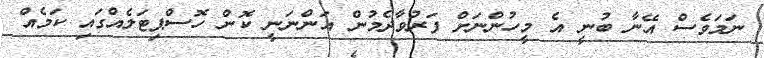
ނަމަވެސް އޭނާ ބުނީ އެ މީހުންނަށް ފަރުވާދެމުން އަންނަނީ ކޮން ހޮސްޕިޓަލެއްގައި ކަމެއް